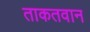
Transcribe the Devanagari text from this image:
ताकतवान